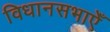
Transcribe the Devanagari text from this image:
विधानसभाएँ